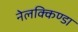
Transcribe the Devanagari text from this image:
नेलक्किण्डा